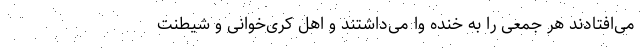
می‌افتادند هر جمعی را به خنده وا می‌داشتند و اهل کُری‌خوانی و شیطنت